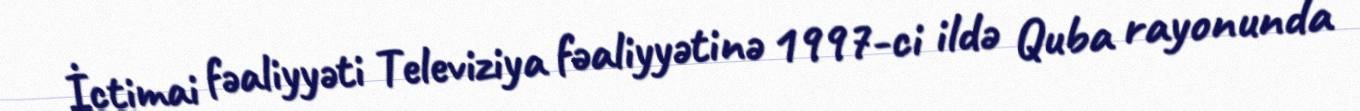
İctimai fəaliyyəti Televiziya fəaliyyətinə 1997-ci ildə Quba rayonunda